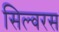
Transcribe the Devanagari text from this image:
सिल्वरस